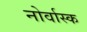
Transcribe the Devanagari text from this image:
नोर्वास्क